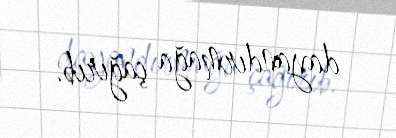
dayandırmağa çağırıb.